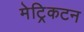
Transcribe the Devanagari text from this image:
मेट्रिकटन